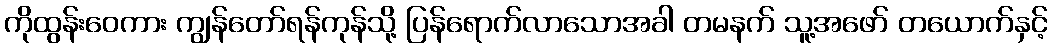
ကိုထွန်းဝေကား ကျွန်တော်ရန်ကုန်သို့ ပြန်ရောက်လာသောအခါ တမနက် သူ့အဖော် တယောက်နှင့်